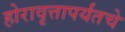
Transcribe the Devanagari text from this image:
होरावृत्तापर्यंतचे